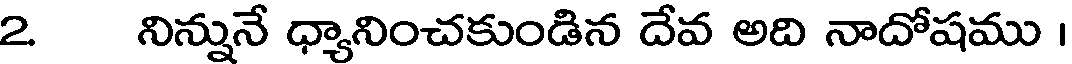
2 నిన్నునే ధ్యానించకుండిన దేవ అది నాదోషము